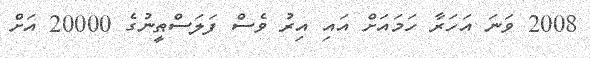
2008 ވަނަ އަހަރާ ހަމައަށް އައި އިރު ވެސް ފަލަސްޠީނުގެ 20000 އަށް